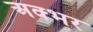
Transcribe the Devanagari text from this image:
अक्भर